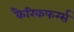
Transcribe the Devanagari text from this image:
कैरिकफर्ग्स